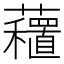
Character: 𧄗